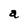
Character: a